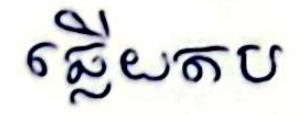
ឆ្លើយតប